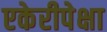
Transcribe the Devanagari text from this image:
एकेरीपेक्षा